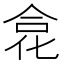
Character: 𠉼